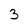
Character: 3